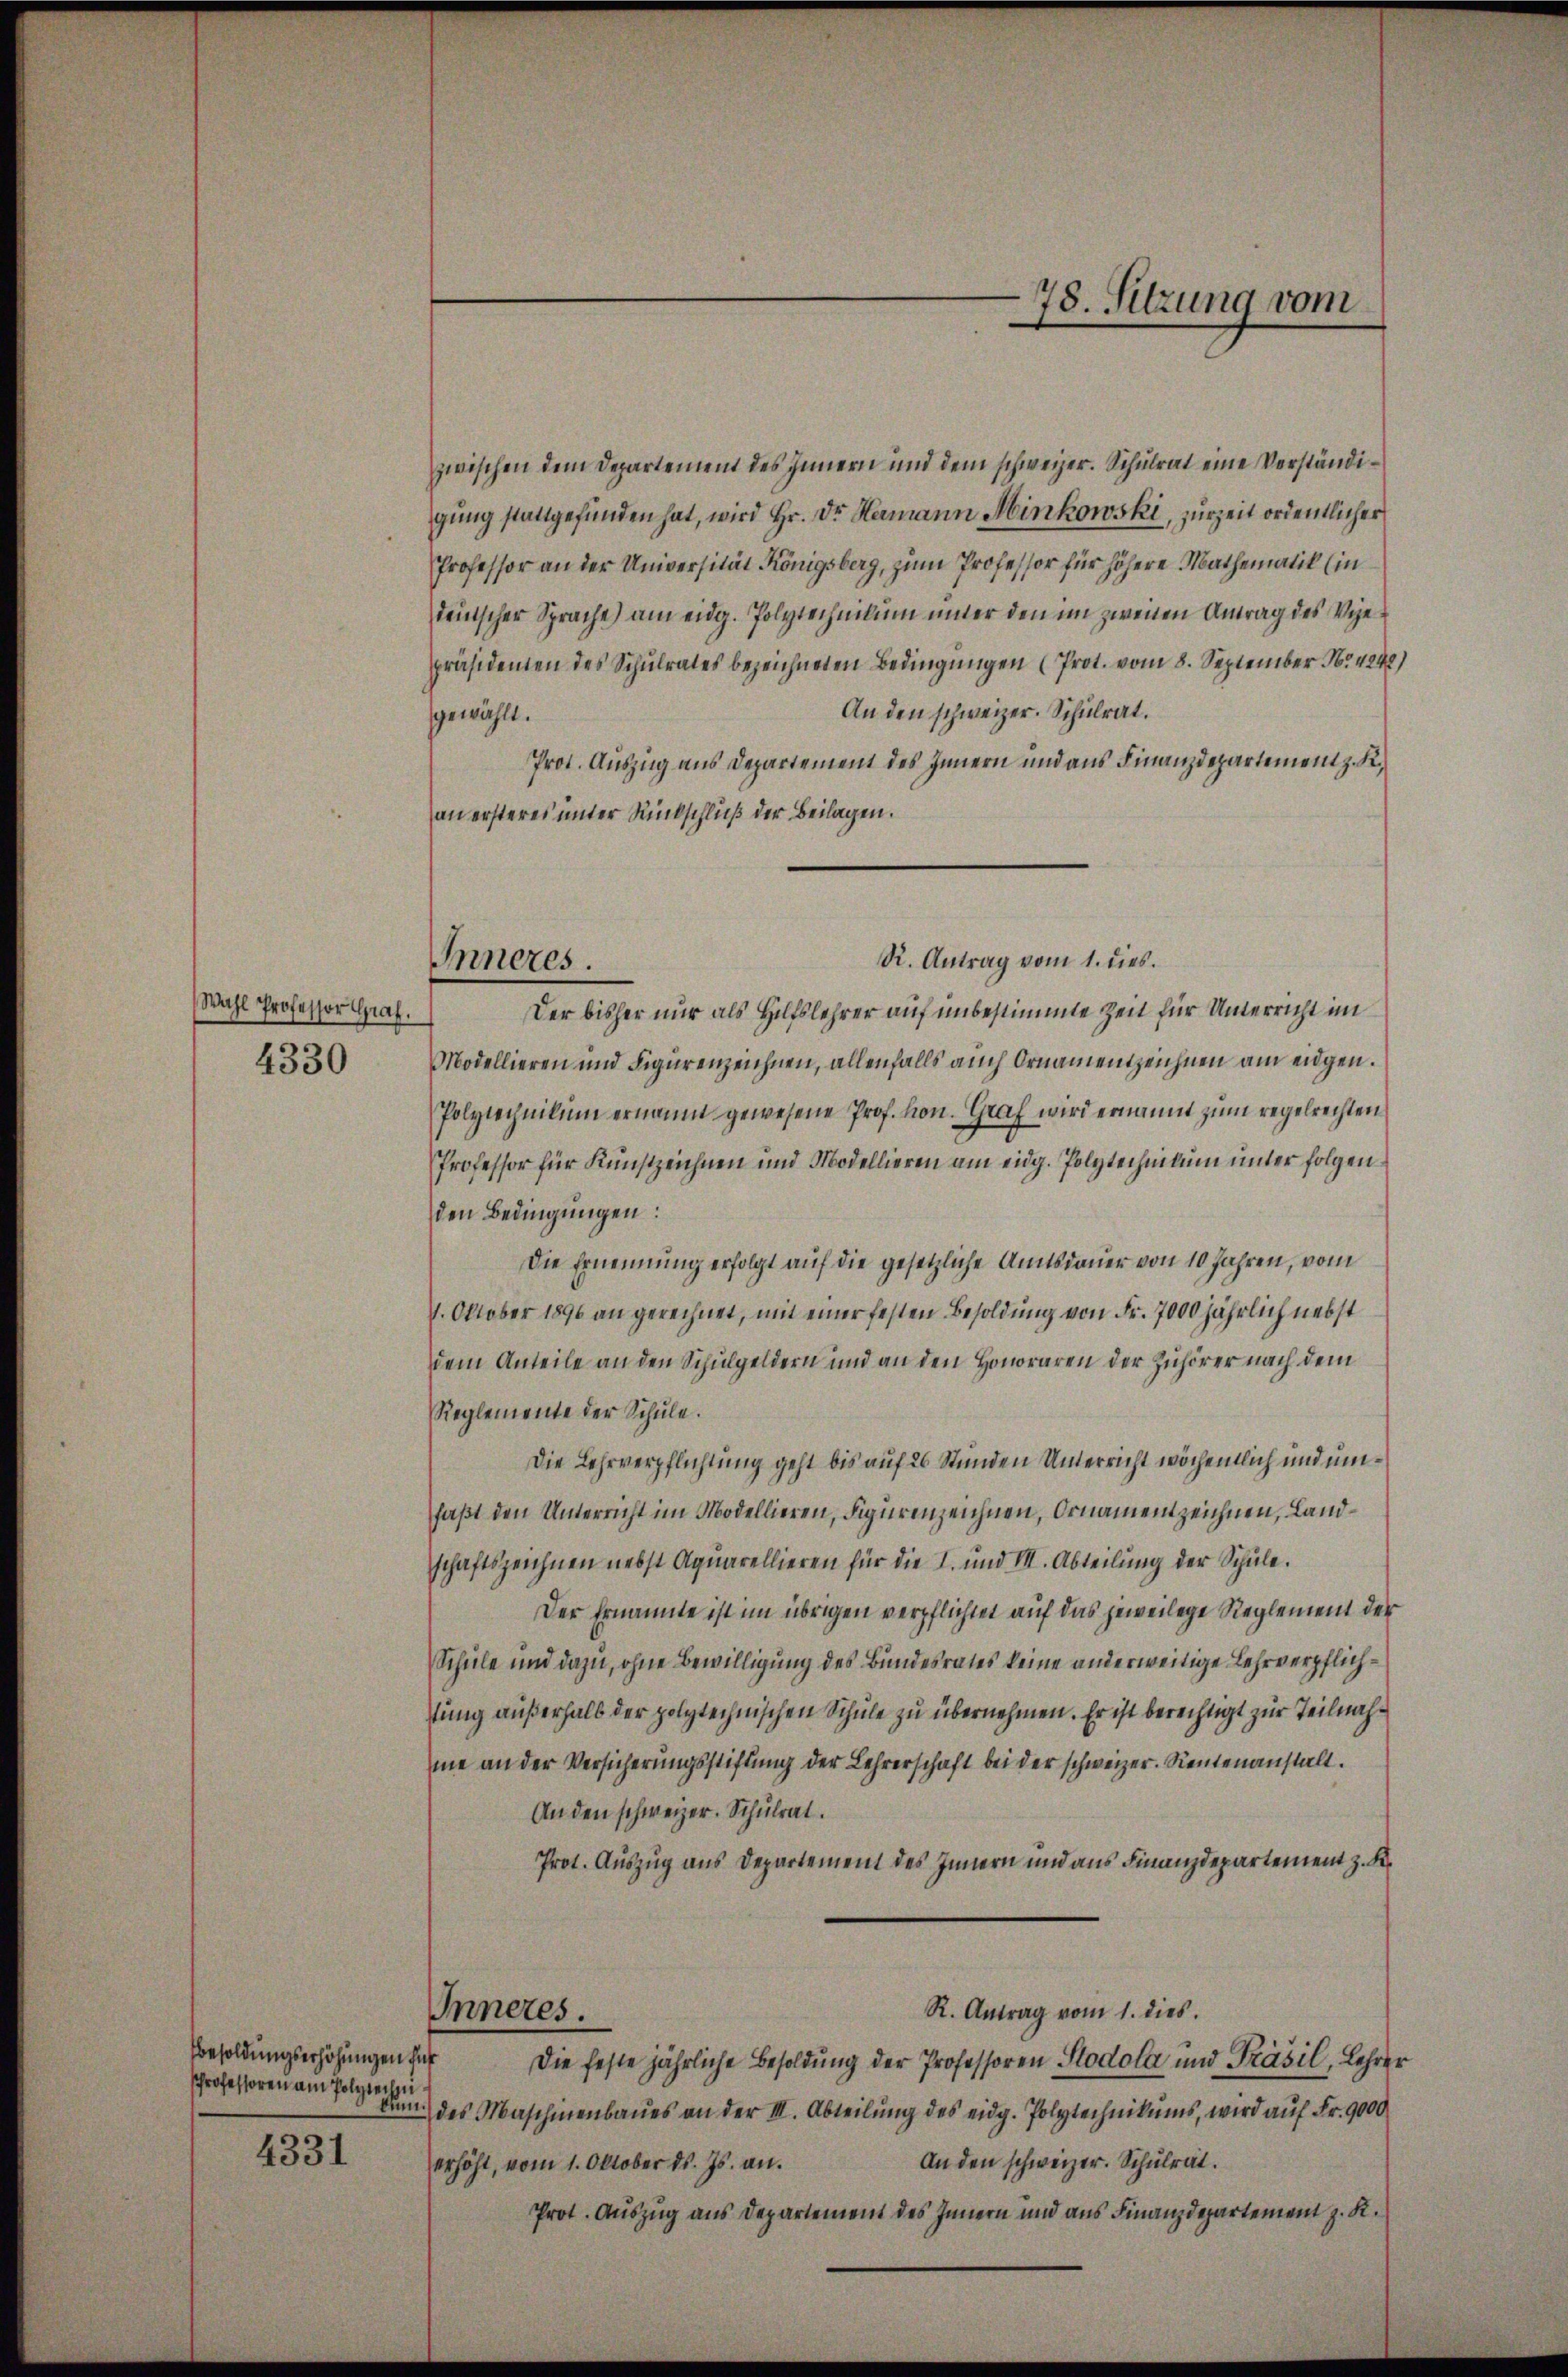
Wahl Professor Graf.
4330

Besoldungserhöhungen für
Professoren am Polytechni¬

4331

Inneres.

zwischen dem Departement des Innern und dem schweizer. Schulrat eine Verständigŭng stattgefunden hat, wird Hr. Dr. Hamann Minkowski, zurzeit ordentlicher
Professor an der Universität Königsberg, zum Professor für höhere Mathematik (in
teutscher Sprache) am eidg. Polytechnikum inner den im zweiten Antrag des Vizepräsidenten des Schulrates bezeichneten Bedingungen (Prot. vom 8. September No. 4240)
An den schweizer. Schulrat.
gewählt.
Prot. Auszug aus Departement des Innern und aus Finanzdepartement z. K.
an ersteres unter Rückschluß der Beilagen.
R. Antrag vom 1. dies
Der bisher nur als Hilfslehrer auf unbestimmte Zeit für Unterricht im
Modellieren und Figurenzeichnen, allenfalls auch Ornamentzeichnen am eidgen.
Polytechnikum ernannt gewesene Prof. Hon. Graf wird ernannt zum regelrechten
Professor für Kunstzeichnen und Modellieren am eidg. Polytechnikum unter folgenden Bedingungen:
Die Ernennung erfolgt auf die gesetzliche Amtsdauer von 10 Jahren, vom
1. Oktober 1890 an gerechnet, mit einer festen Besoldung von Fr. 7000 jährlich nebst
dem Anteile an den Schulgeldern und an den Honoraren der Zuhörer nach dem
Reglemente der Schule.
Die Lehrverpflichtung geht bis auf 26 Stunden Unterricht wöchentlich und umfaßt den Unterricht im Modellieren, Figurenzeichnen, Ornament zeichnen, Landschaftszeichnen nebst Aquarellieren für die I. und III. Abteilŭng der Schŭle.
Der Ernannte ist im übrigen verpflichtet auf das jeweilige Reglement der
Schule und dazu, ohne Bewilligung des Bundesrates keine anderweitige Lehrverpflichtung außerhalb der polytechnischen Schule zu übernehmen. Er ist berechtigt zur Teilnahme an der Versicherŭngsstiftŭng der Lehrerschaft bei der schweizer. Rentenanstalt.
An den schweizer. Schulrat.
Prot. Auszug aus Departement des Innern und aus Finanzdepartement z. B.
R. Antrag vom 1. dies.
Inneres.
Die feste jährliche Besoldung der Professoren Stodola und Präsil, Lehrer
kan des Maschinenbaŭes an der III. Abteilŭng des eidg. Polytechnikums, wird auf Fr. 9000
An den schweizer. Schulrat.
erhöht, vom 1. Oktober ds. Js. an.
Prot. Auszug aus Departement des Innern und aus Finanzdepartement z. K.

78. Sitzung vom